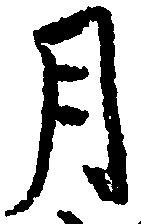
月